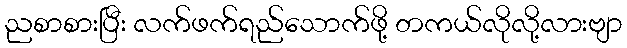
ညစာစားပြီး လက်ဖက်ရည်သောက်ဖို့ တကယ်လိုလို့လားဗျာ